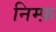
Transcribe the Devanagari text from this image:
निम्फ़